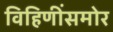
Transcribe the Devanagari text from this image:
विहिणींसमोर